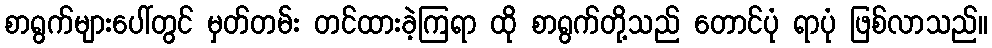
စာရွက်များပေါ်တွင် မှတ်တမ်း တင်ထားခဲ့ကြရာ ထို စာရွက်တို့သည် တောင်ပုံ ရာပုံ ဖြစ်လာသည်။